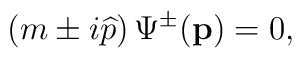
\left( m\pm i\widehat{p}\right) \Psi ^{\pm }(\mathbf{p})=0,